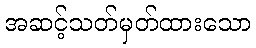
အဆင့်သတ်မှတ်ထားသော